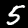
Label: 5